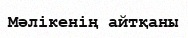
Мәлікенің айтқаны